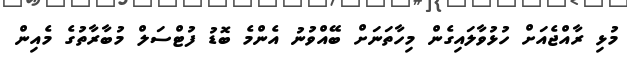
މުޅި ރާއްޖެއަށް ހުޅުވާލައިގެން މިހާތަނަށް ބޭއްވުނު އެންމެ ބޮޑު ފުޓްސަލް މުބާރާތުގެ މެއިން